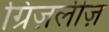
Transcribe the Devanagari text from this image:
ग्रिज़लीज़